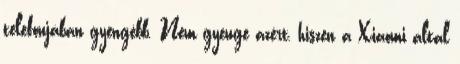
telefonjában gyengébb. Nem gyenge azért, hiszen a Xiaomi által